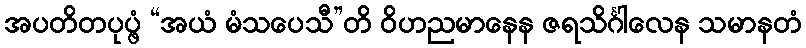
အပတိတပုပ္ဖံ “အယံ မံသပေသီ”တိ ဝိဟညမာနေန ဇရသိင်္ဂါလေန သမာနတံ